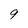
Character: 9